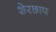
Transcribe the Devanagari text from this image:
शेरछाप